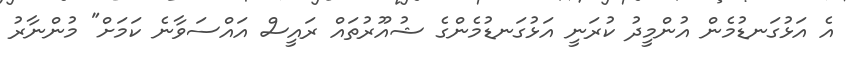
އެ އަޅުގަނޑުމެން އުންމީދު ކުރަނީ އަޅުގަނޑުމެންގެ ޝުއޫރުތައް ރައީސް އައްސަވާނެ ކަމަށް" މުންނާރު